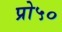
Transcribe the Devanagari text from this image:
प्रो५०